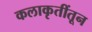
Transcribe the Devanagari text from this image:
कलाकृतींतून